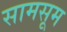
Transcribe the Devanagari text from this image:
सामसूम